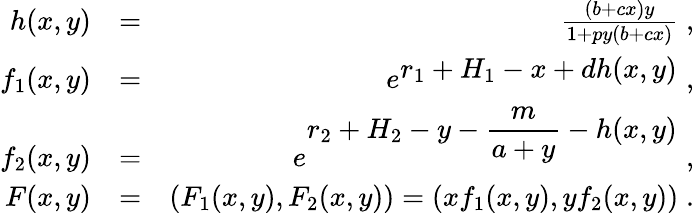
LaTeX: \begin{array}{rlr}{h(x,y)}&{=}&{\frac{(b+cx)y}{1+py(b+cx)}\; ,}\\ {f_{1}(x,y)}&{=}&{e^{\displaystyle r_{1}+H_{1}-x+dh(x,y)}\; ,}\\ {f_{2}(x,y)}&{=}&{e^{\displaystyle r_{2}+H_{2}-y-\frac{m}{a+y}-h(x,y)}\; ,}\\ {F(x,y)}&{=}&{(F_{1}(x,y),F_{2}(x,y))=(xf_{1}(x,y),yf_{2}(x,y))\; .}\end{array}